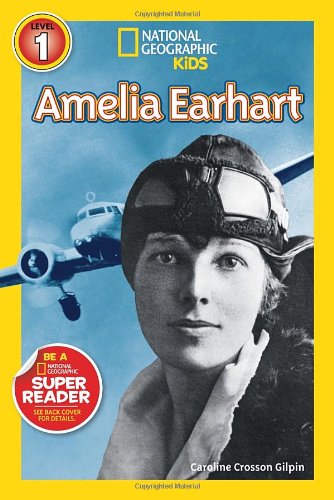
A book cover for National Geographic Readers: Amelia Earhart (Readers Bios); Caroline Gilpin; Children's Books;